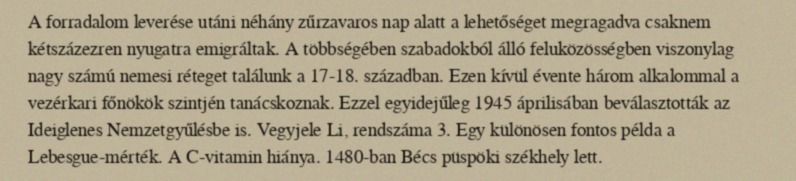
A forradalom leverése utáni néhány zűrzavaros nap alatt a lehetőséget megragadva csaknem kétszázezren nyugatra emigráltak. A többségében szabadokból álló feluközösségben viszonylag nagy számú nemesi réteget találunk a 17-18. században. Ezen kívül évente három alkalommal a vezérkari főnökök szintjén tanácskoznak. Ezzel egyidejűleg 1945 áprilisában beválasztották az Ideiglenes Nemzetgyűlésbe is. Vegyjele Li, rendszáma 3. Egy különösen fontos példa a Lebesgue-mérték. A C-vitamin hiánya. 1480-ban Bécs püspöki székhely lett.